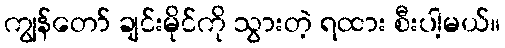
ကျွန်တော် ချင်းမိုင်ကို သွားတဲ့ ရထား စီးပါ့မယ်။